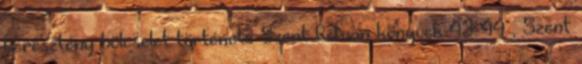
keresztény bölcselet története Szent István könyvek 43–44 , Szent